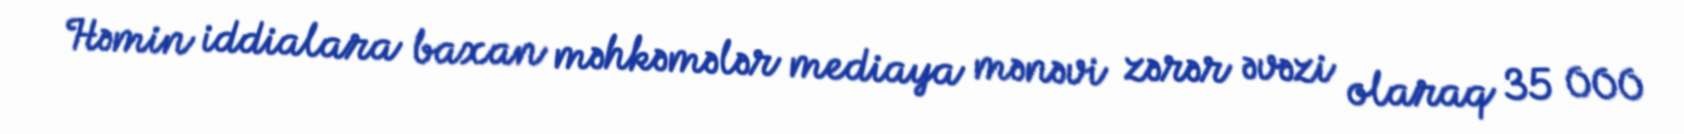
Həmin iddialara baxan məhkəmələr mediaya mənəvi zərər əvəzi olaraq 35 000